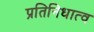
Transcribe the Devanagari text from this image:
प्रतिनिधात्व